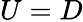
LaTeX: U=D